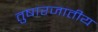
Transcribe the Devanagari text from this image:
तुषारजातीय